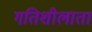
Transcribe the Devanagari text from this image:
गतिशीलाता